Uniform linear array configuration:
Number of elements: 16
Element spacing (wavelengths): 1
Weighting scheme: uniform
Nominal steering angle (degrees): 0
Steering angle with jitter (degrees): -0.6026
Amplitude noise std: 0.05
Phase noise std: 0.05

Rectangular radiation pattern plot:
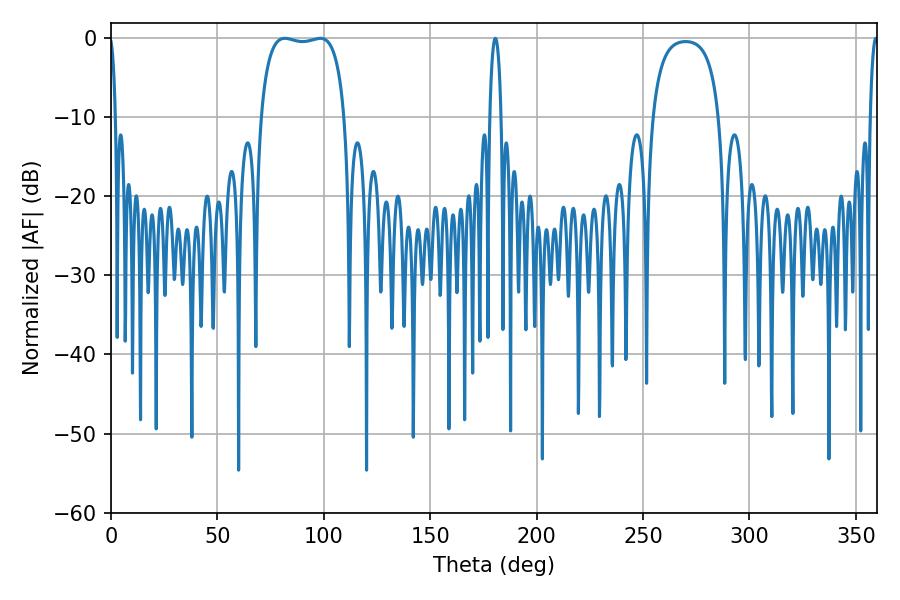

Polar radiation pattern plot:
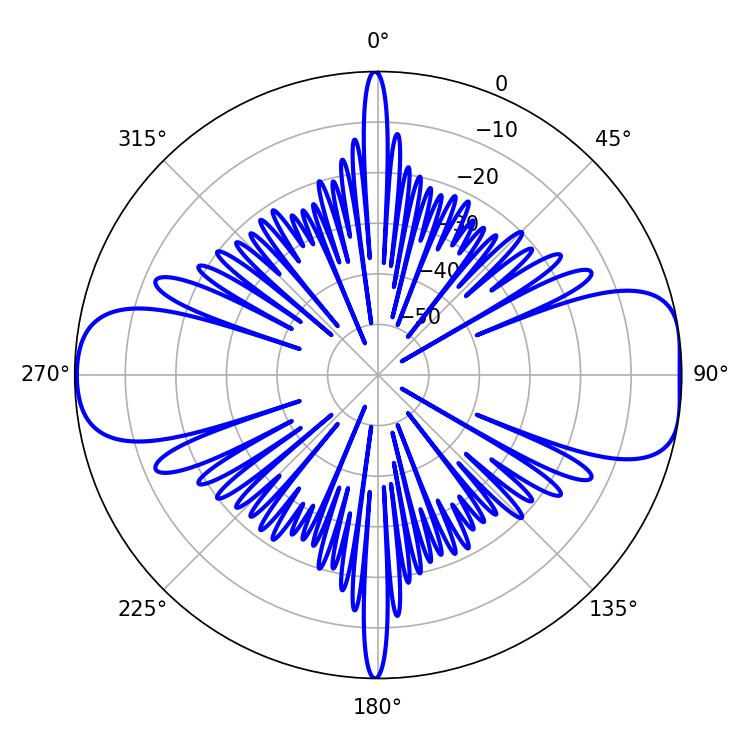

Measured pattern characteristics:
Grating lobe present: TRUE
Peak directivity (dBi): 10.32
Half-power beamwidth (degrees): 31.68
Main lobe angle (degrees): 81.72